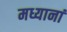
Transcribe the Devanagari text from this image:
मध्यानां